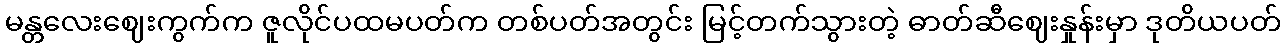
မန္တလေးဈေးကွက်က ဇူလိုင်ပထမပတ်က တစ်ပတ်အတွင်း မြင့်တက်သွားတဲ့ ဓာတ်ဆီဈေးနှုန်းမှာ ဒုတိယပတ်